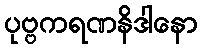
ပုဗ္ဗကရဏနိဒါနော